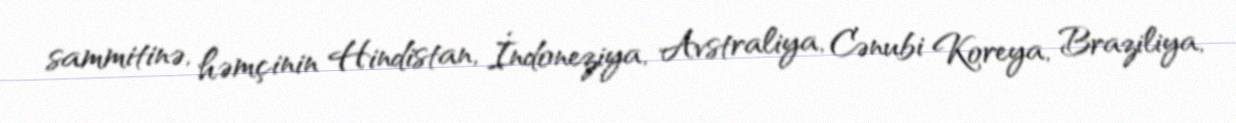
sammitinə, həmçinin Hindistan, İndoneziya, Avstraliya, Cənubi Koreya, Braziliya,